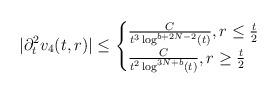
LaTeX: \begin{align*} |\partial_{t}^{2}v_{4}(t,r)|\leq \begin{cases}\frac{C}{t^{3}\log^{b+2N-2}(t)}, r\leq \frac{t}{2}\\\frac{C}{t^{2}\log^{3N+b}(t)}, r \geq \frac{t}{2}\end{cases}\end{align*}